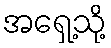
အရှေ့သို့